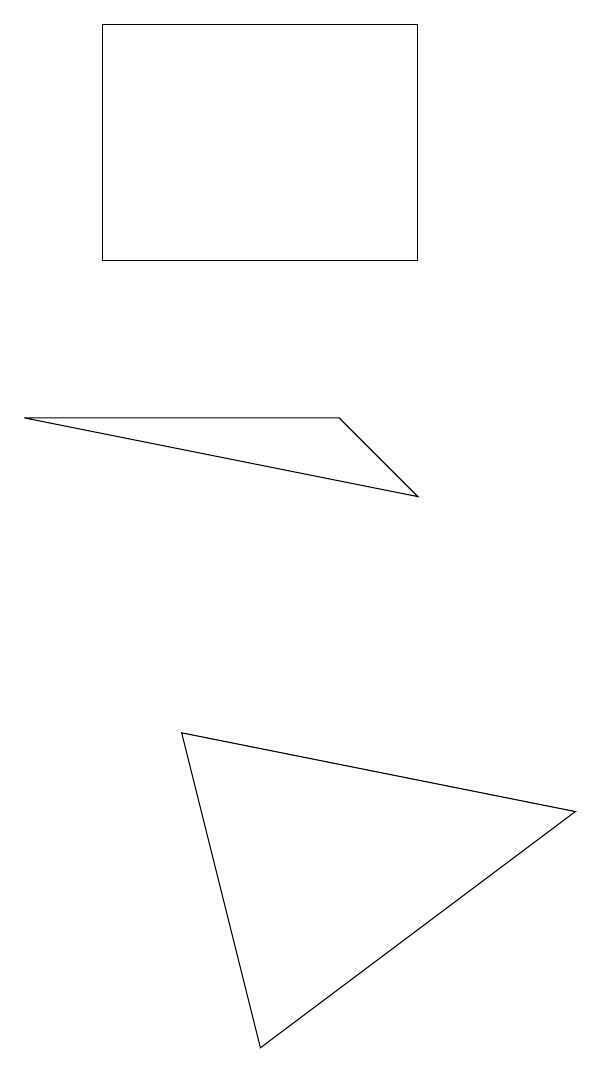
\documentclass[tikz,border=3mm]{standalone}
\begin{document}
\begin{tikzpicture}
\draw (2,8) -- (6,8) -- (7,7) -- cycle;
\draw (7,10) rectangle (3,13);
\draw (5,0) -- (9,3) -- (4,4) -- cycle;
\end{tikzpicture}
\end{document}